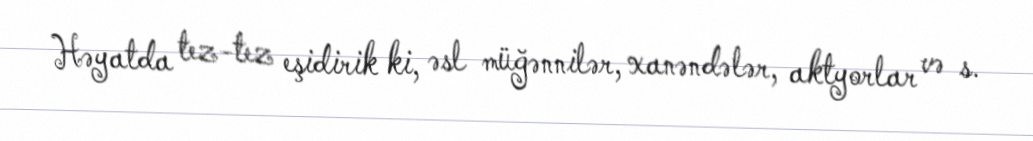
Həyatda tez-tez eşidirik ki, əsl müğənnilər, xanəndələr, aktyorlar və s.